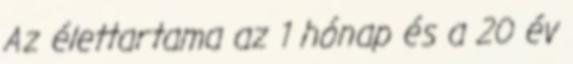
Az élettartama az 1 hónap és a 20 év